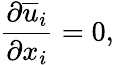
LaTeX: \frac{\partial\overline{{u}}_{i}}{\partial x_{i}}=0,